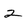
Character: 2